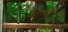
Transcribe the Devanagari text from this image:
डिंगवेइ